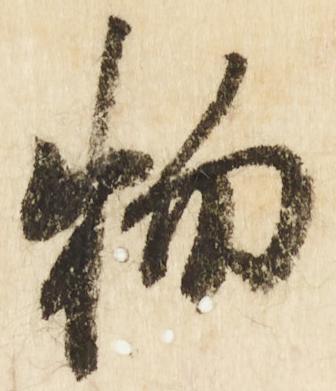
物